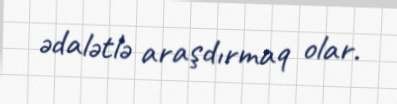
ədalətlə araşdırmaq olar.